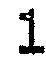
1